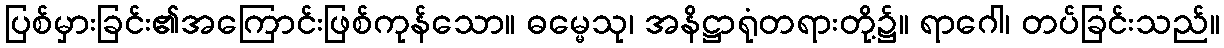
ပြစ်မှားခြင်း၏အကြောင်းဖြစ်ကုန်သော။ ဓမ္မေသု၊ အနိဋ္ဌာရုံတရားတို့၌။ ရာဂေါ၊ တပ်ခြင်းသည်။